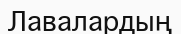
Лавалардың